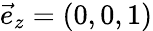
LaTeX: \vec{e}_{z}=(0,0,1)